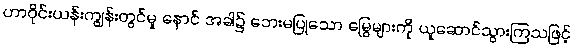
ဟာဝိုင်းယန်းကျွန်းတွင်မူ နောင် အခါ၌ ဘေးမပြုသော မြွေများကို ယူဆောင်သွားကြသဖြင့်